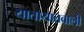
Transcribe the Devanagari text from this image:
यातायातवाली